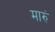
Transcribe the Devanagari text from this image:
मारुं